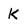
Character: K